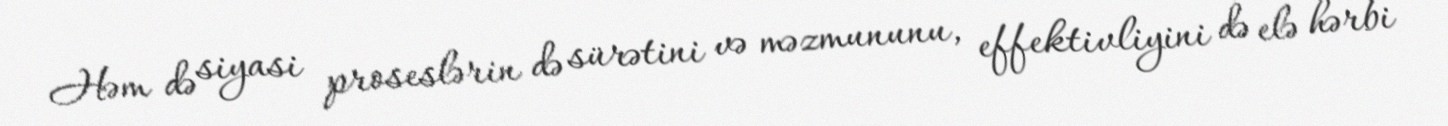
Həm də siyasi proseslərin də sürətini və məzmununu, effektivliyini də elə hərbi